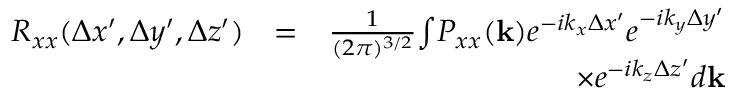
\begin{array} { r l r } { R _ { x x } ( \Delta x ^ { \prime } , \Delta y ^ { \prime } , \Delta z ^ { \prime } ) } & { = } & { \frac { 1 } { ( 2 \pi ) ^ { 3 / 2 } } { \int } P _ { x x } ( \mathbf { k } ) e ^ { - i k _ { x } \Delta x ^ { \prime } } e ^ { - i k _ { y } \Delta y ^ { \prime } } } \\ & { } & { \times e ^ { - i k _ { z } \Delta z ^ { \prime } } d \mathbf { k } } \end{array}